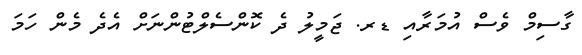
ގާސިމް ވެސް އުމަރާއި ޑރ. ޖަމީލު ދެ ކޮންސެލްޓުންނަށް އެދެ މެން ހަމަ